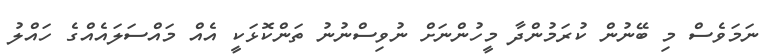
ނަމަވެސް މި ބޭނުން ކުރަމުންދާ މީހުންނަށް ނުވިސްނުނު ތަންކޮޅަކީ އެއް މައްސަލައެއްގެ ހައްލު